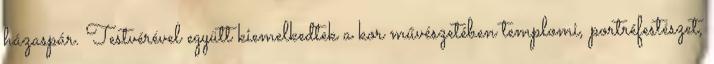
házaspár. Testvérével együtt kiemelkedtek a kor művészetében templomi, portréfestészet,